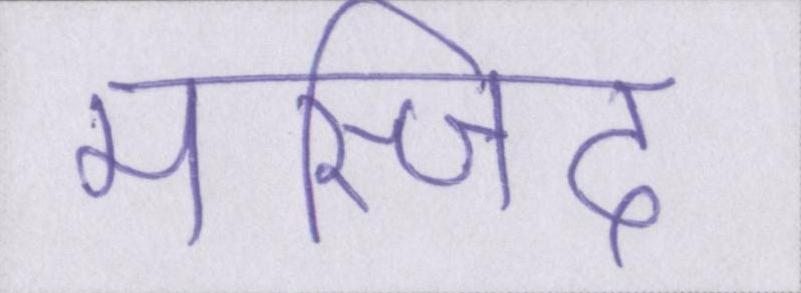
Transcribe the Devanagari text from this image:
मस्जिद